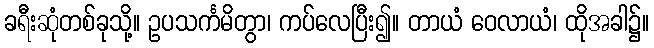
ခရီးဆုံတစ်ခုသို့။ ဥပသင်္ကမိတွာ၊ ကပ်လေပြီး၍။ တာယံ ဝေလာယံ၊ ထိုအခါ၌။